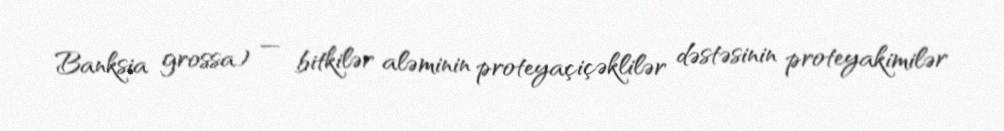
Banksia grossa) — bitkilər aləminin proteyaçiçəklilər dəstəsinin proteyakimilər